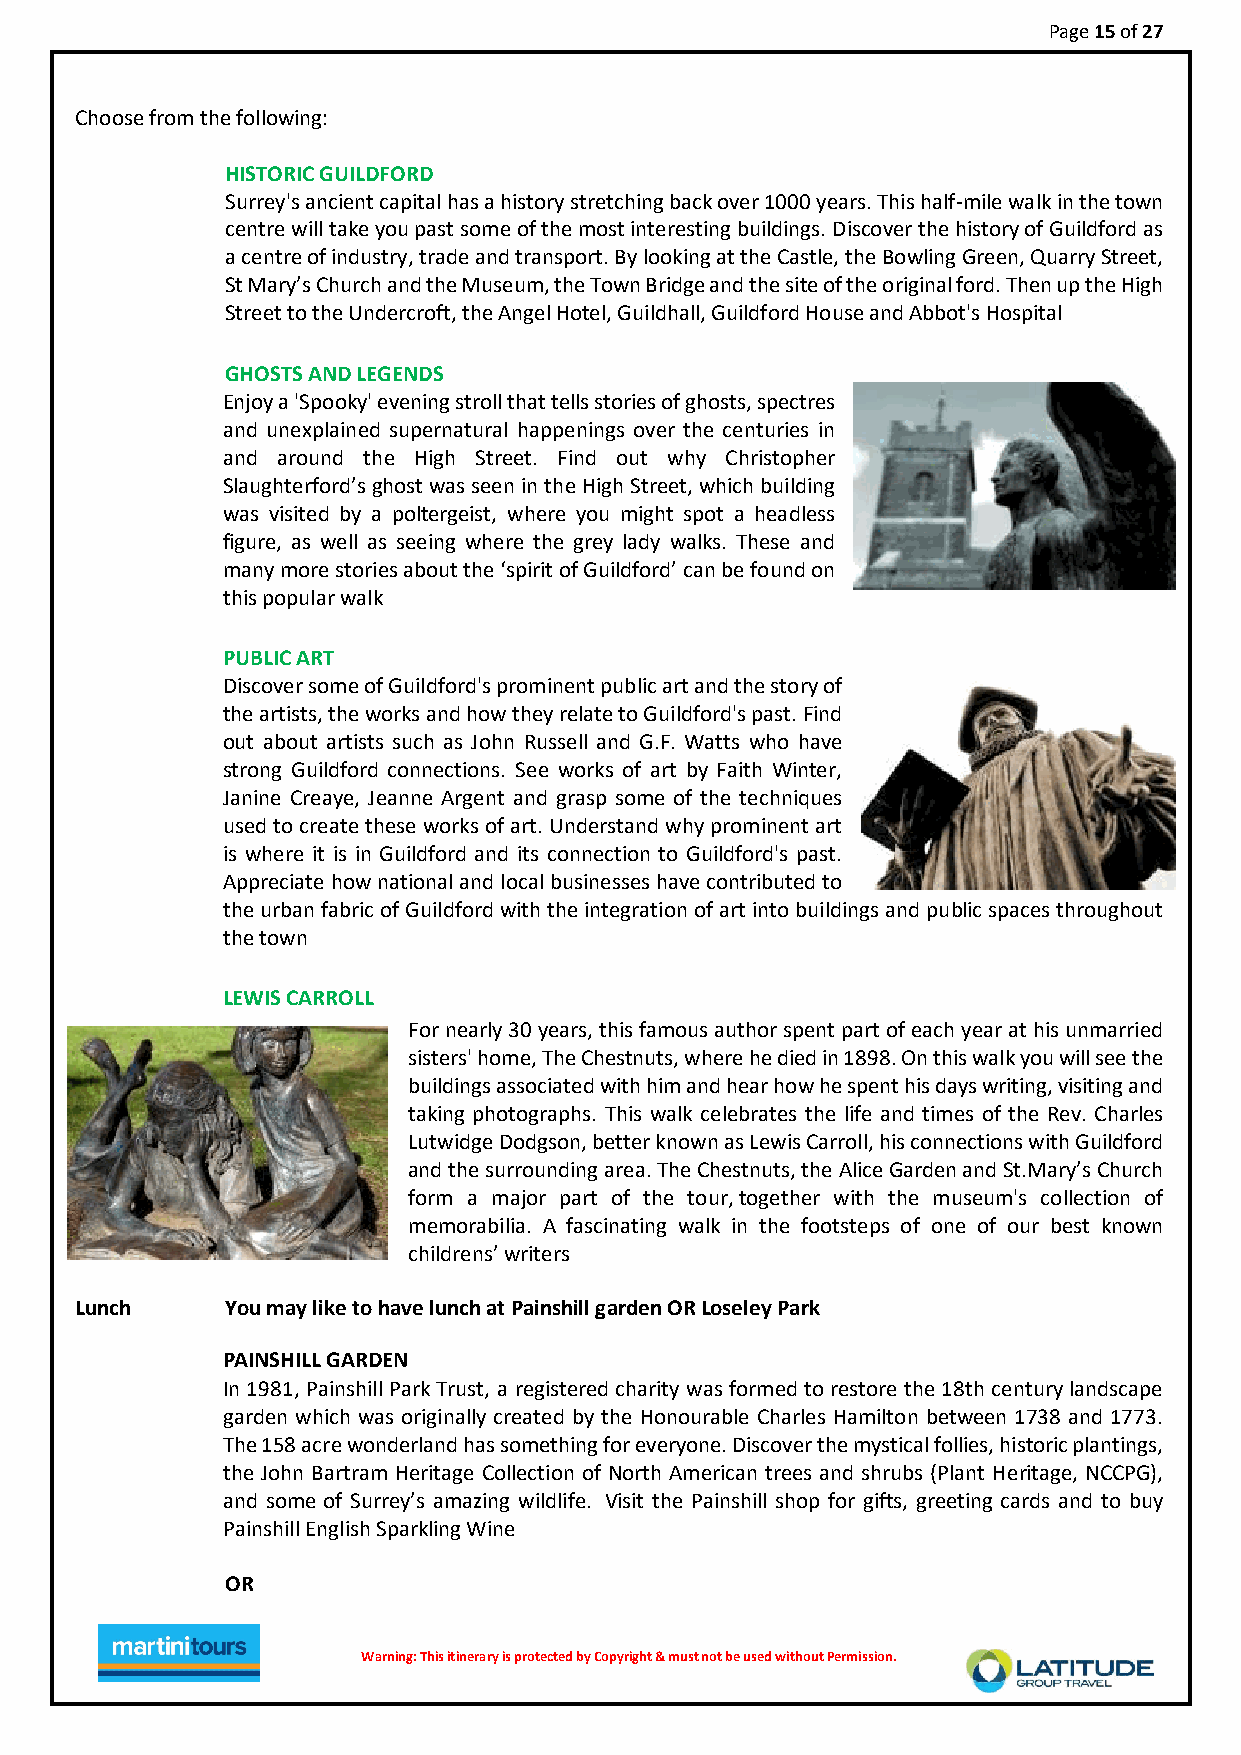
Page 15 of 27
 Choose from the following:
 HISTORIC GUILDFORD
 Surrey's ancient capital has a history stretching back over 1000 years. This half-mile walk in the town
 centre will take you past some of the most interesting buildings. Discover the history of Guildford as
 a centre of industry, trade and transport. By looking at the Castle, the Bowling Green, Quarry Street,
 St Mary’s Church and the Museum, the Town Bridge and the site of the original ford. Then up the High
 Street to the Undercroft, the Angel Hotel, Guildhall, Guildford House and Abbot's Hospital
 GHOSTS AND LEGENDS
 Enjoy a 'Spooky' evening stroll that tells stories of ghosts, spectres
 and unexplained supernatural happenings over the centuries in
 and around the High Street. Find out why Christopher
 Slaughterford’s ghost was seen in the High Street, which building
 was visited by a poltergeist, where you might spot a headless
 figure, as well as seeing where the grey lady walks. These and
 many more stories about the ‘spirit of Guildford’ can be found on
 this popular walk
 PUBLIC ART
 Discover some of Guildford's prominent public art and the story of
 the artists, the works and how they relate to Guildford's past. Find
 out about artists such as John Russell and G.F. Watts who have
 strong Guildford connections. See works of art by Faith Winter,
 Janine Creaye, Jeanne Argent and grasp some of the techniques
 used to create these works of art. Understand why prominent art
 is where it is in Guildford and its connection to Guildford's past.
 Appreciate how national and local businesses have contributed to
 the urban fabric of Guildford with the integration of art into buildings and public spaces throughout
 the town
 LEWIS CARROLL
 For nearly 30 years, this famous author spent part of each year at his unmarried
 sisters' home, The Chestnuts, where he died in 1898. On this walk you will see the
 buildings associated with him and hear how he spent his days writing, visiting and
 taking photographs. This walk celebrates the life and times of the Rev. Charles
 Lutwidge Dodgson, better known as Lewis Carroll, his connections with Guildford
 and the surrounding area. The Chestnuts, the Alice Garden and St.Mary’s Church
 form a major part of the tour, together with the museum's collection of
 memorabilia. A fascinating walk in the footsteps of one of our best known
 childrens’ writers
 Lunch     You may like to have lunch at Painshill garden OR Loseley Park
 PAINSHILL GARDEN
 In 1981, Painshill Park Trust, a registered charity was formed to restore the 18th century landscape
 garden which was originally created by the Honourable Charles Hamilton between 1738 and 1773.
 The 158 acre wonderland has something for everyone. Discover the mystical follies, historic plantings,
 the John Bartram Heritage Collection of North American trees and shrubs (Plant Heritage, NCCPG),
 and some of Surrey’s amazing wildlife. Visit the Painshill shop for gifts, greeting cards and to buy
 Painshill English Sparkling Wine
 OR
 Warnin g : T h i s i t i n e r ary is protected by Copyright & must not be used without Permission.